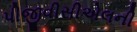
પીજીવીસીએલની